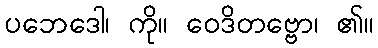
ပဘေဒေါ၊ ကို။ ဝေဒိတဗ္ဗော၊ ၏။